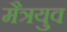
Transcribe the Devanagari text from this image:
मैत्रयुव